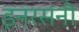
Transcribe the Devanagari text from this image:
इनरसनी